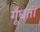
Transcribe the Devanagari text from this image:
गूँधता